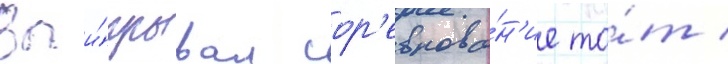
Выи́грывал сор'евнова́н'ие то́т /